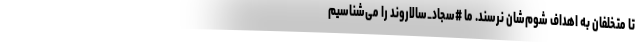
تا متخلفان به اهداف شوم‌شان نرسند. ما #سجاد_سالاروند را می‌شناسیم